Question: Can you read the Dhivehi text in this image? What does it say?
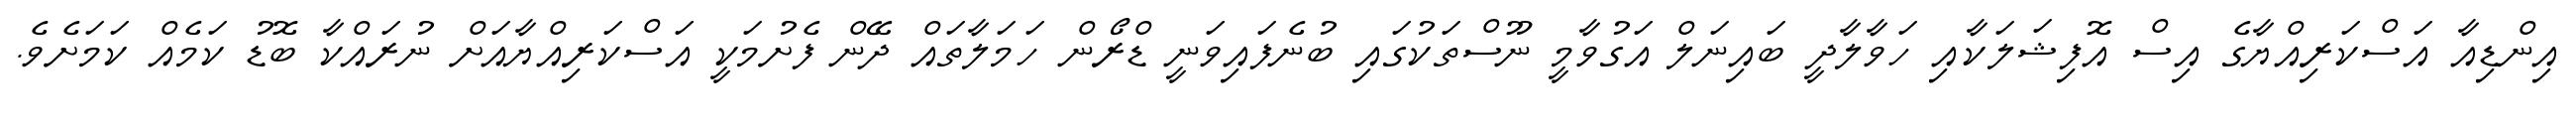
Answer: އިންޑިއާ އަސްކަރިއްޔާގެ އިސް އޮފިޝަލަކާއި ހަވާލާދީ ބައިނަލް އަގުވާމީ ނޫސްތަކުގައި ބުނެފައިވަނީ ޑްރޯން ހަމަލާތައް ދޭން ފެށުމަކީ އަސްކަރިއްޔާއަށް ނުރައްކާ ބޮޑު ކަމެއް ކަމަށެވެ.